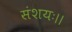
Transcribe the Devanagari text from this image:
संशयः।।